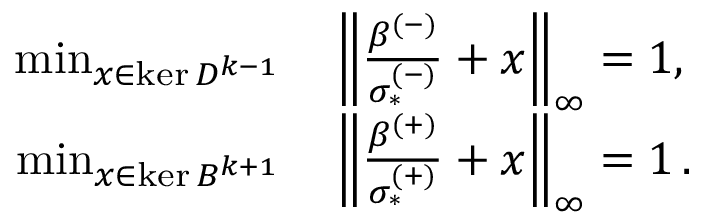
\begin{array} { r l } { \operatorname* { m i n } _ { x \in \ker D ^ { k - 1 } } } & { { } \left\lVert \frac { \beta ^ { ( - ) } } { \sigma _ { * } ^ { ( - ) } } + x \right\rVert _ { \infty } = 1 , \ } \\ { \operatorname* { m i n } _ { x \in \ker B ^ { k + 1 } } } & { { } \left\lVert \frac { \beta ^ { ( + ) } } { \sigma _ { * } ^ { ( + ) } } + x \right\rVert _ { \infty } = 1 \, . } \end{array}